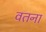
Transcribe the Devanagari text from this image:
वतना